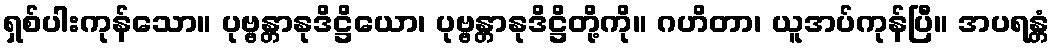
ရှစ်ပါးကုန်သော။ ပုဗ္ဗန္တာနုဒိဋ္ဌိယော၊ ပုဗ္ဗန္တာနုဒိဋ္ဌိတို့ကို။ ဂဟိတာ၊ ယူအပ်ကုန်ပြီ။ အပရန္တံ